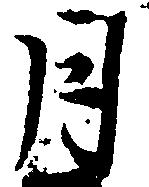
月